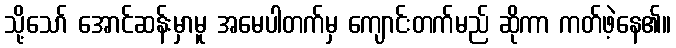
သို့သော် အောင်ဆန်းမှာမူ အမေပါတက်မှ ကျောင်းတက်မည် ဆိုကာ ကတ်ဖဲ့နေ၏။